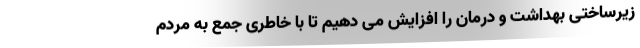
زیرساختی بهداشت و درمان را افزایش می دهیم تا با خاطری جمع به مردم